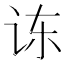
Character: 𮷅